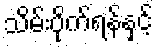
သိမ်းပိုက်ရန်နှင့်